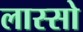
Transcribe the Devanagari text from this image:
लास्सो